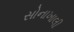
સોનાખાલી